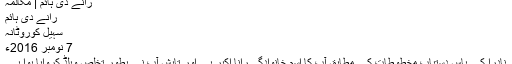
رانے دی ہائم | مکالمہ
رانے دی ہائم
سہیل کوروٹانہ
7 نومبر 2016ء
نادرا کے پاس دستیاب مخطوطات کے مطابق آپ کا اسمِ خانوادگی رانا اکبر ہے اور تابش آپ نے بطور تخلص ویلڈ کروایا ہوا ہے۔